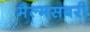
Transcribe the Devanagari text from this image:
मैल्मसबरी